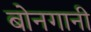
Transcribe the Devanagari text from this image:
बोनगानी